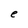
Character: e